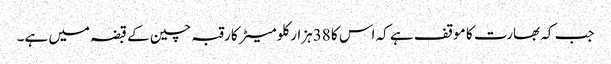
جب کہ بھارت کا موقف ہے کہ اس کا 38ہزار کلومیٹر کا رقبہ چین کے قبضہ میں ہے۔